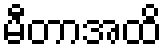
မီတာအထိ